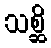
သစ္ဆိ